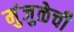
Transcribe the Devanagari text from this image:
मुंजुळेची